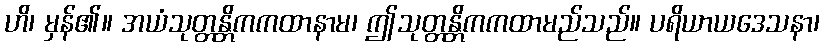
ဟိ၊ မှန်၏။ အယံသုတ္တန္တိကကထာနာမ၊ ဤသုတ္တန္တိကကထာမည်သည်။ ပရိယာယဒေသနာ၊